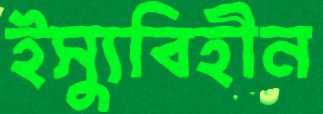
ইস্যুবিহীন